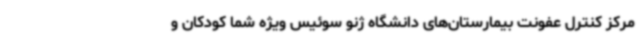
مرکز کنترل عفونت بیمارستان‌های دانشگاه ژنو سوئیس ویژه شما کودکان و